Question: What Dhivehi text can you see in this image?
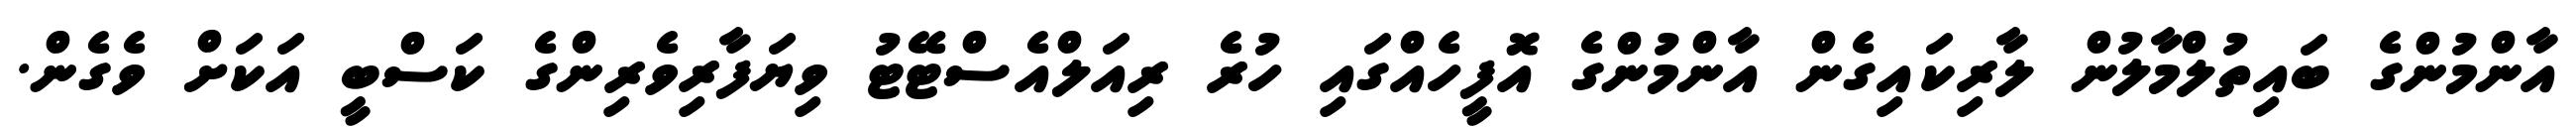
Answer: އާންމުންގެ ބައިތުލްމާލުން ލާރިކައިގެން އާންމުންގެ އޮފީހެއްގައި ހުރެ ރިއަލްއެސްޓޭޓު ވިޔަފާރިވެރިންގެ ކަސްބީ އަކަށް ވެގެން.